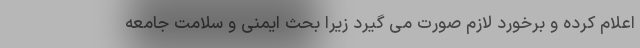
اعلام کرده و برخورد لازم صورت می گیرد زیرا بحث ایمنی و سلامت جامعه